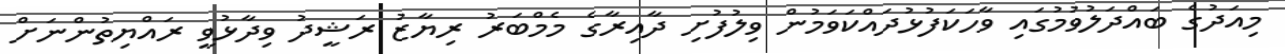
މިއަދުގެ ބައްދަލުވުމުގައި ވާހަކަފުޅުދައްކަވަމުން ވިލުފުށި ދާއިރާގެ މެމްބަރު ރިޔާޒު ރަޝީދު ވިދާޅުވީ ރައްޔިތުންނަށް